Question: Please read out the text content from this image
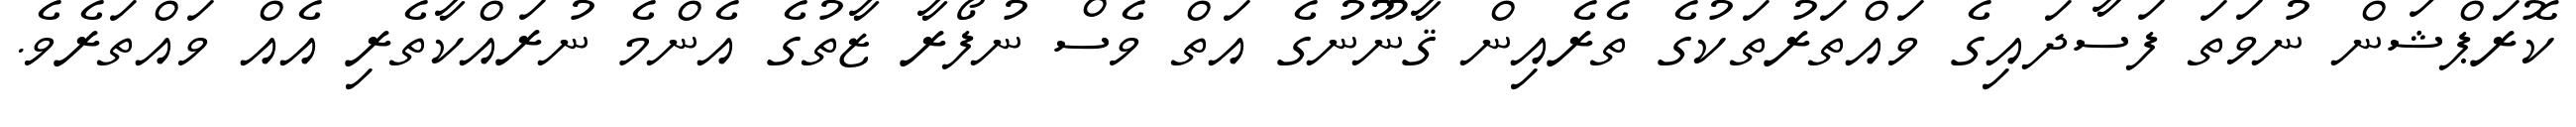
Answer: ކޮރަޕްޝަން ނުވަތަ ފަސާދައިގެ ވައްތަރުތަކުގެ ތެރެއިން ޤާނޫނުގެ އަތް ވެސް ނުފޯރާ ޒާތުގެ އެންމެ ނުރައްކާތެރި އެއް ވައްތަރެވެ.